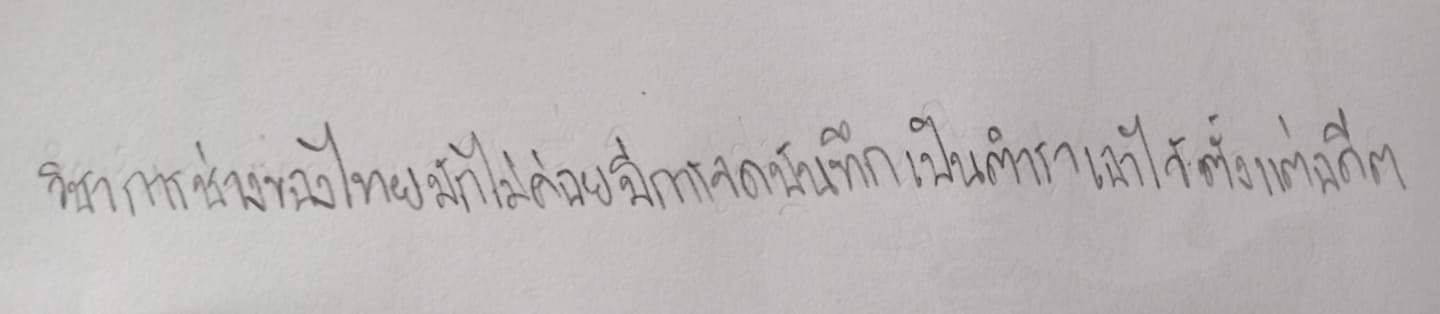
วิชาการช่างของไทยมักไม่ค่อยมีการจดบันทึกเป็นตำราเอาไว้ตั้งแต่ครั้งอดีต